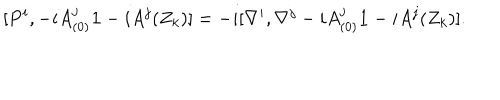
LaTeX: [ P ^ { i } , - i A _ { ( 0 ) } ^ { j } { \bf 1 } - i A ^ { j } ( Z _ { k } ) ] = - i [ \nabla ^ { i } , \nabla ^ { j } - i A _ { ( 0 ) } ^ { j } { \bf 1 } - i A ^ { j } ( Z _ { k } ) ] .